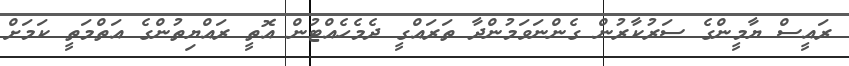
ރައީސް ޔާމީންގެ ސަރުކާރުން ގެންނަވަމުންދާ ތަރައްގީ ދެމެހެއްޓުން އޮތީ ރައްޔިތުންގެ އަތްމަތީ ކަމަށް